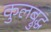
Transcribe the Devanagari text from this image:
कुलब्रुद्ध